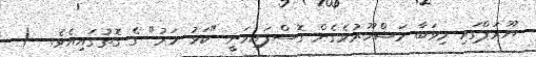
ޔޫރަޕްގައި މިވަބާ މަޝްހޫރުވެގެން ގޮސްފައިވަނީ "ކަޅު މަރު" ގެ ގޮތުގައިއެވެ.  (